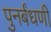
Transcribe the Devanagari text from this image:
पुनर्बंधणी